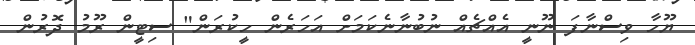
ޔޫހާ ވިސްނާފަ ނޫނީ އެއްޗެއް ނުބުނާނެކަމަށް އަހަރެން ހީކުރަން" ސިޓީން ރޫމު ދޮރުން